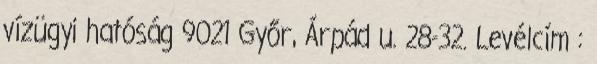
vízügyi hatóság 9021 Győr, Árpád u. 28-32. Levélcím :